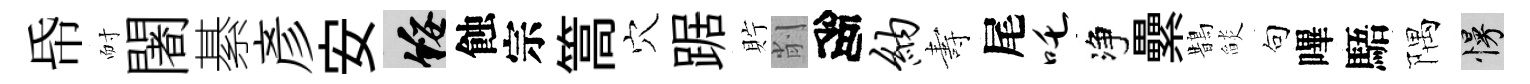
帋耐闍綦彥安綏蝕宗篙穴踞貯削高纳夀尾吒净纍鵲𦦨句嗶䮏隅慢